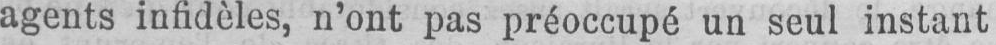
agents infidèles, n’ont pas préoccupé un seul instant